Vaccination in Bombay 1863-1868 - 1863-1868
Year: 1863
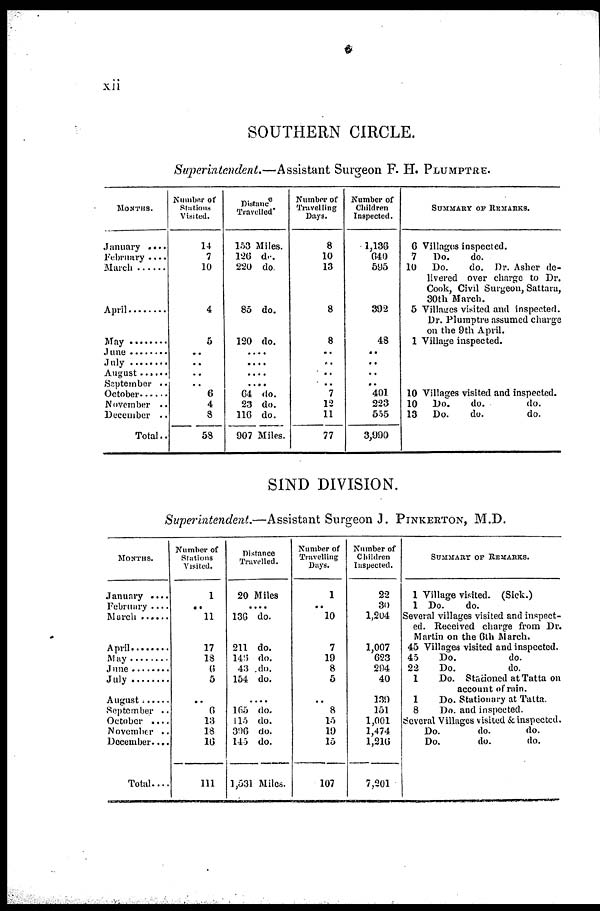
xii
SOUTHERN CIRCLE.
Superintendent.—Assistant Surgeon F. H. PLUMPTRE.
MONTHS.
January ....
February
March
April .........
May .........
June ........
July .........
August ......
September ..
October .....
November ..
December ..
Total..
Number of
Stations
Visited.
14
7
10
4
5
..
..
..
..
6
4
8
53
Distance
Travelled.
153 Miles.
126 do.
220 do.
85 do.
120 do.
....
....
....
....
64 do.
23 do.
116 do.
907 Miles.
Number of
Travelling
Days.
8
10
13
8
8
..
..
..
..
7
12
11
77
Number of
Children
Inspected.
1,136
640
595
302
48
..
..
..
..
401
223
555
3,990
SUMMARY OF REMARKS.
6 Villages inspected.
7
Do.
do.
10 Do.
do. Dr. Asher de-
livered over charge to Dr.
Cook, Civil Surgeon, Sattara,
30th March.
5 Villages visited and inspected.
Dr. Plumptre assumed charge
on the 9th April.
1 Village inspected.
10 Villages visited and inspected.
10 Do.
do.
do.
13 Do.
do.
do.
SIND DIVISION.
Superintendent.—Assistant Surgeon J. PINKERTON, M.D.
MONTHS.
January ....
February ....
March .....
April .....
May......
June ......
July
August .....
September ..
October
November ..
December....
Total....
Number of
Stations
Visited.
1
..
11
17
18
6
5
..
6
13
18
16
111
Distance
Travelled.
20 Miles
....
136 do.
211 do.
146 do.
43 do.
154 do.
....
165 do.
115 do.
396 do.
145 do.
1,531 Miles.
Number of
Travelling
Days.
1
..
10
7
19
8
5
..
8
15
19
15
107
Number of
Children
Inspected.
22
30
1,204
1,007
623
294
40
139
151
1,001
1,474
1,216
7,201
SUMMARY OF REMARKS.
1 Village visited. (Sick.)
1 Do.
do.
Several villages visited and inspect-
ed. Received charge from Dr.
Martin on the 6th March.
45 Villages visited and inspected.
45
Do.
do.
22
Do.
do.
1
Do. Stationed at Tatta on
account of rain.
1
Do. Stationary at Tatta.
8
Do. and inspected.
Several Villages visited & inspected.
Do.
do.
do.
Do.
do.
do.